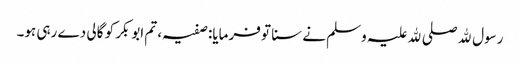
رسول ﷲ صلی ﷲ علیہ وسلم نے سنا تو فرمایا: صفیہ، تم ابوبکر کو گالی دے رہی ہو۔